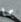
بما